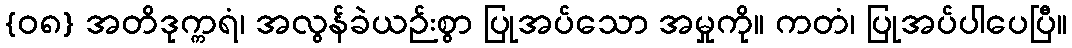
{၀၈} အတိဒုက္ကရံ၊ အလွန်ခဲယဉ်းစွာ ပြုအပ်သော အမှုကို။ ကတံ၊ ပြုအပ်ပါပေပြီ။